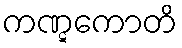
ကဏ္ဋကောတိ